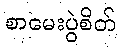
စာမေးပွဲစိတ်